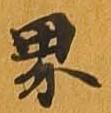
界